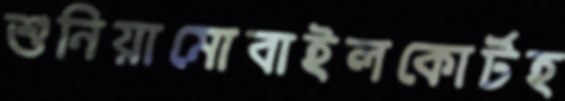
শুনিয়ামোবাইলকোর্টহ